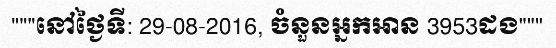
"""នៅថ្ងៃទី: 29-08-2016, ចំនួនអ្នកអាន 3953ដង"""